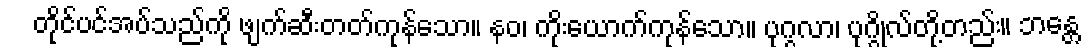
တိုင်ပင်အပ်သည်ကို ဖျက်ဆီးတတ်ကုန်သော။ နဝ၊ ကိုးယောက်ကုန်သော။ ပုဂ္ဂလာ၊ ပုဂ္ဂိုလ်တို့တည်း။ ဘန္တေ